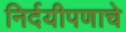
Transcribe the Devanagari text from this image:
निर्दयीपणाचे